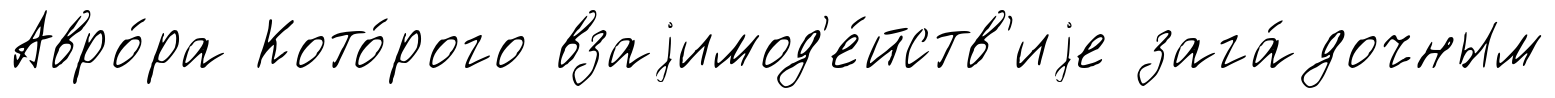
Авро́ра Кото́рого взаjимод'е́йств'иjе зага́дочным